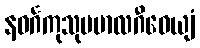
နဝင်္ဂကုသုမမာလဂီဝေယျံ